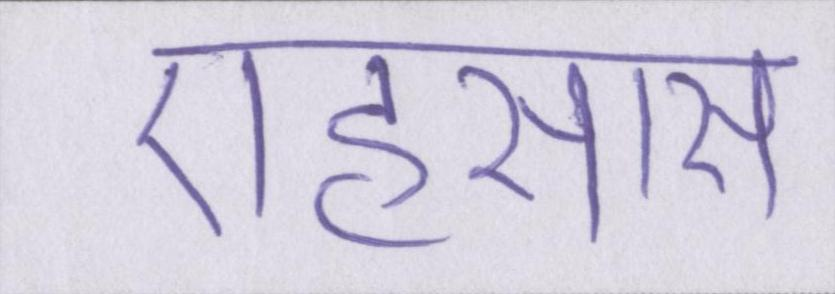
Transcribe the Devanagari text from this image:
एहसास